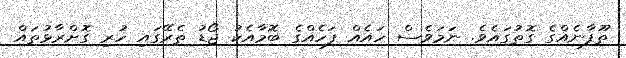
ތޫފާނެއްގެ ގޮތުގައެވެ. ނަމަވެސް ހައެއް ފަހެއްގެ ބޮމާއެކު ޖޯޑު ތެރޭގައި ހުރި ގޮށްރާޅުތައް